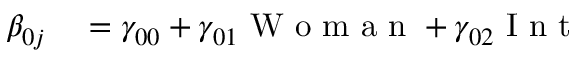
\begin{array} { r l } { \beta _ { 0 j } } & { { } = \gamma _ { 0 0 } + \gamma _ { 0 1 } \mathrm { ~ W ~ o ~ m ~ a ~ n ~ } + \gamma _ { 0 2 } \mathrm { ~ I ~ n ~ t ~ } } \end{array}